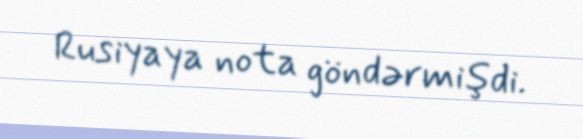
Rusiyaya nota göndərmişdi.